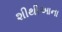
શીથીઆના